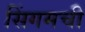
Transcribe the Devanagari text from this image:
सिंगमची